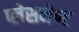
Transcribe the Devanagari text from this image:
प्लेसमेण्ट